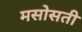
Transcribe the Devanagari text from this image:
मसोसती